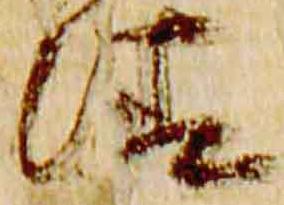
清